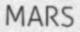
MARS